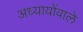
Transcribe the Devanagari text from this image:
अध्यायोंवाले